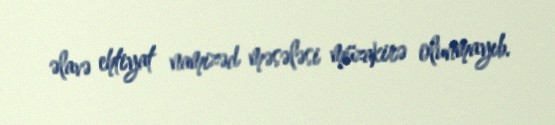
əlavə ehtiyat namizəd məsələsi müzakirə olunmayıb.